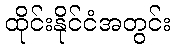
ထိုင်းနိုင်ငံအတွင်း